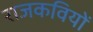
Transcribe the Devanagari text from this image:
राजकवियों